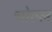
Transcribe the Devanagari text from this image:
चोल्ल